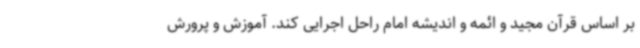
بر اساس قرآن مجید و ائمه و اندیشه امام راحل اجرایی کند. آموزش و پرورش